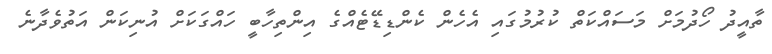
ތާއީދު ހޯދުމަށް މަސައްކަތް ކުރުމުގައި އެހެން ކެންޑިޑޭޓެއްގެ އިންތިހާބީ ހައްގަކަށް އުނިކަން އަތުވެދާނެ